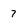
Character: 7